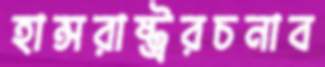
হান্সরাষ্ট্ররচনাব